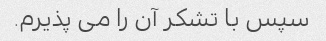
سپس با تشکر آن را می پذیرم.